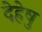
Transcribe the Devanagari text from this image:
देहेषु